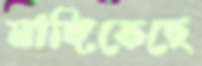
মাঙ্গিতেছে